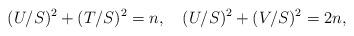
LaTeX: \begin{align*}(U/S)^{2}+(T/S)^{2}=n,\quad(U/S)^{2}+(V/S)^{2}=2n,\end{align*}